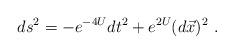
LaTeX: \begin{align*}ds^2 =-e^{-4 U} dt^2 +e^{2 U} (d\vec{x})^2 \ .\end{align*}